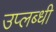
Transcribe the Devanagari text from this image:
उप्लब्धी